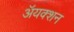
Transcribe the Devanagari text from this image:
ॲयक्शन